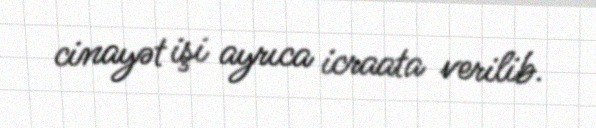
cinayət işi ayrıca icraata verilib.